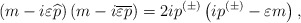
\begin{align*}\left( m-i\varepsilon \widehat{p}\right) \left(m-i\overline{\varepsilon } \overline{p}\right) =2ip^{(\pm )}\left(ip^{(\pm )}-\varepsilon m\right) ,\end{align*}